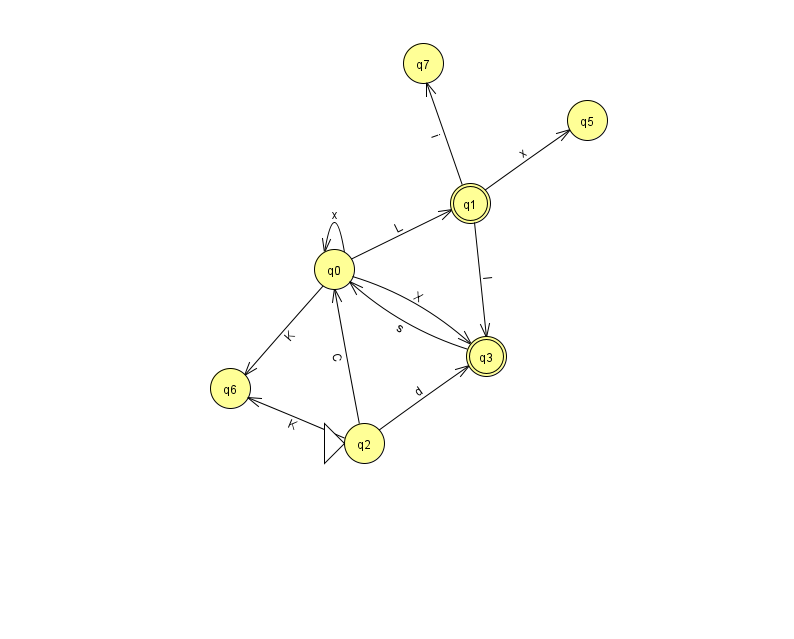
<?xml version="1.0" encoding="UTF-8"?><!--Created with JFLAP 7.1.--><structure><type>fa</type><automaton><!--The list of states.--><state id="0" name="q0"><x>334.0</x><y>256.0</y></state><state id="1" name="q1"><x>470.0</x><y>190.0</y><final/></state><state id="2" name="q2"><x>364.0</x><y>430.0</y><initial/></state><state id="3" name="q3"><x>486.0</x><y>343.0</y><final/></state><state id="5" name="q5"><x>587.0</x><y>107.0</y></state><state id="6" name="q6"><x>230.0</x><y>375.0</y></state><state id="7" name="q7"><x>423.0</x><y>50.0</y></state><!--The list of transitions.--><transition><from>2</from><to>6</to><read>K</read></transition><transition><from>0</from><to>3</to><read>X</read></transition><transition><from>1</from><to>5</to><read>x</read></transition><transition><from>2</from><to>0</to><read>C</read></transition><transition><from>1</from><to>3</to><read>l</read></transition><transition><from>0</from><to>6</to><read>K</read></transition><transition><from>0</from><to>0</to><read>x</read></transition><transition><from>2</from><to>3</to><read>d</read></transition><transition><from>3</from><to>0</to><read>s</read></transition><transition><from>0</from><to>1</to><read>L</read></transition><transition><from>1</from><to>7</to><read>i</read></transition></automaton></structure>